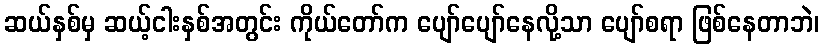
ဆယ်နှစ်မှ ဆယ့်ငါးနှစ်အတွင်း ကိုယ်တော်က ပျော်ပျော်နေလို့သာ ပျော်စရာ ဖြစ်နေတာဘဲ၊